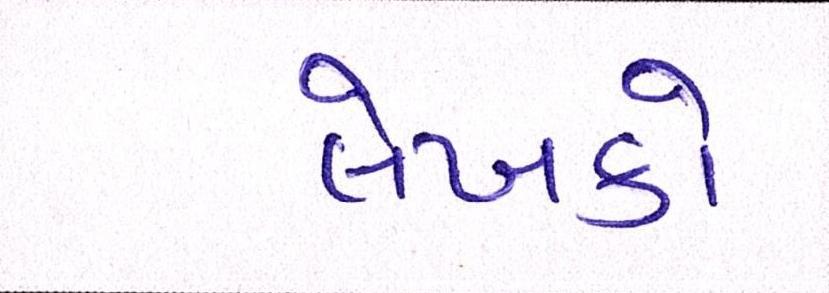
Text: લેખકો